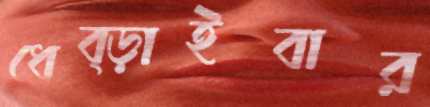
ধেব্‌ড়াইবার